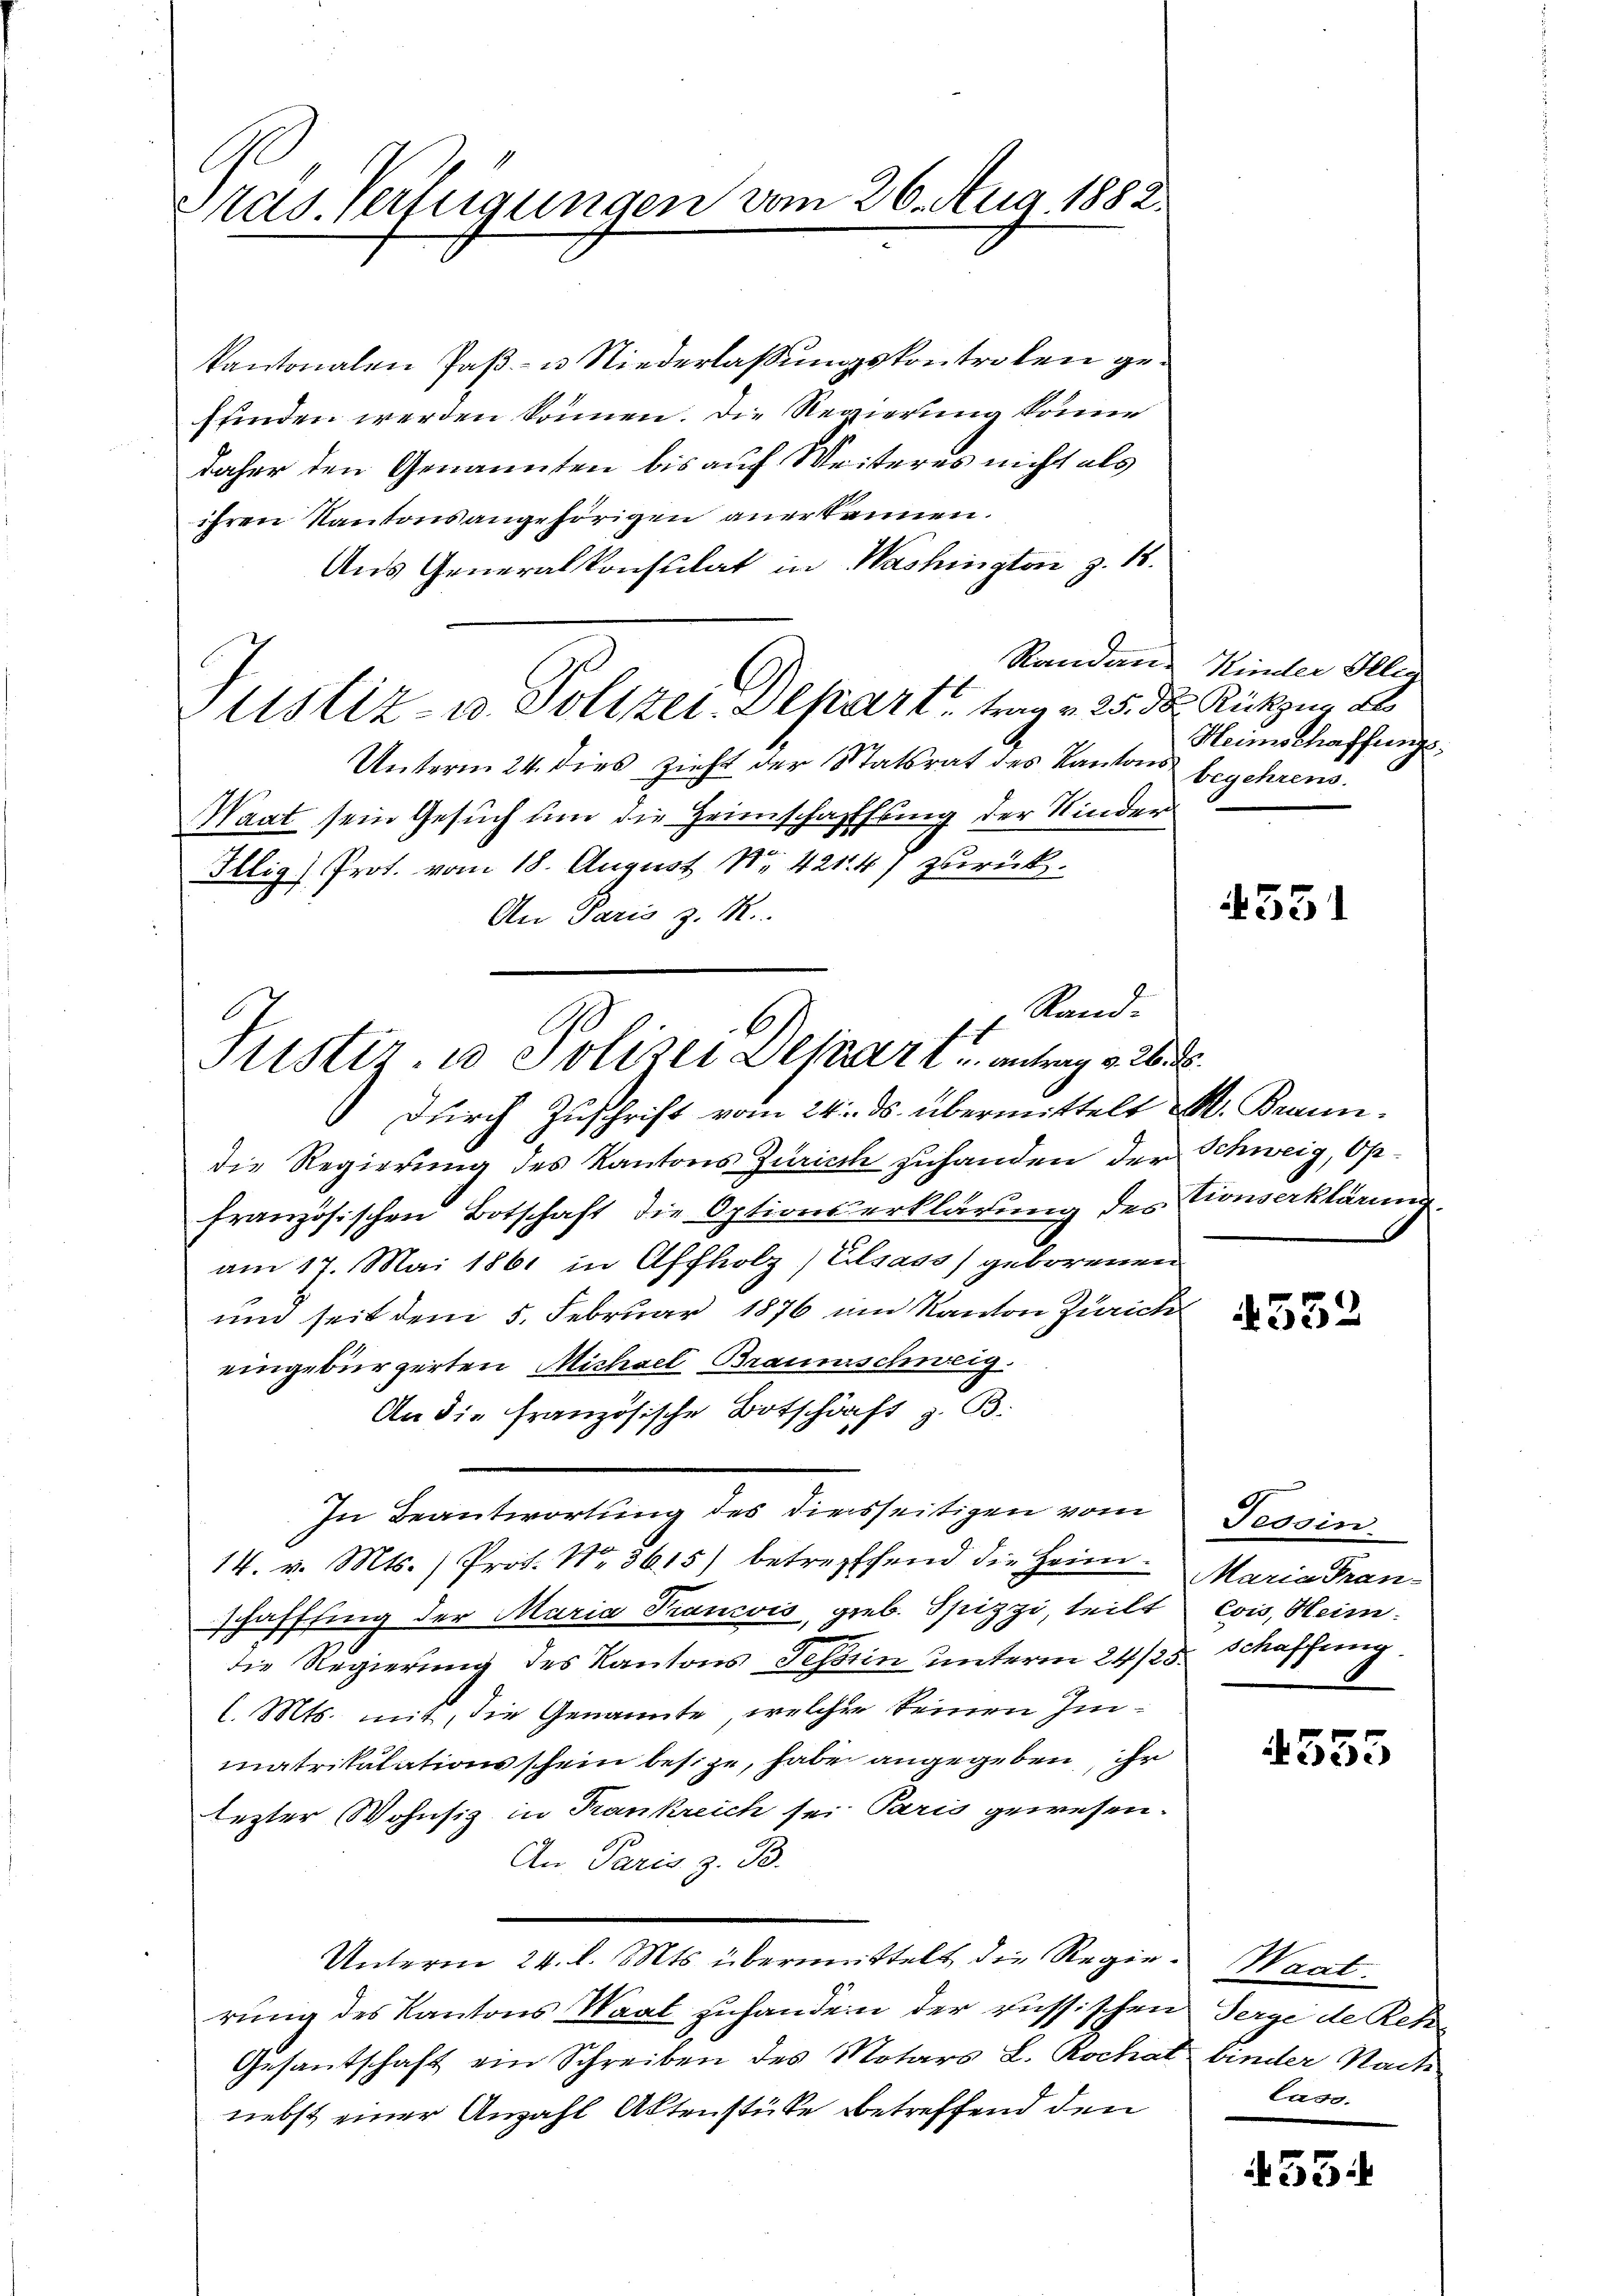
Präs. Verfügungen vom 26. Aug 1882.

Kantonalen Paβ- u Niederlassungskontrolen gesfinden werden können. Die Regierung könne
daher den Genannten bis auf Weiteres nicht als
ihren Kantonsangehörigen anerkannen.
Aus Generalkonsulat in Washington z. 18.
Justiz- u. Polizei-Depart, trag v. 25. ds Rückzug a
Unterm 24. dies zieht der Statsrat des Kantons begehrens.
Waat sein Gesuch um die Heimschaffung der Kinder¬
Illig) Prot. vom 18. August No 421. 47 zurück¬
An Paris z. R.

Justiz- u Polizei Depart antrag 226. d.

Rand-

durch Zuschrift vom 24. ds. übermittelt M. Brann.
die Regierung des Kantons Zürich zuhanden der Schweig, Opfranzösischen Botschaft die Optionserklärung des tionserklärung
am 17. Mai 1861 in Affholz) Elsass geborenen
und seit dem 5. Februar 1876 um Kanton Zürich
eingebürgerten Michael Braunschweig.
An die französische Botschäft B.
In Beantwortung des diesseitigen vom
14. v. Mts. ) Prof. No. 3615) betreffend die Heimschafffing der Maria Trancois, gieb. Spizzi, teilt
die Regierung des Kantons Tessin unterm 24/25. Schaffung
l. Mts. mit, die Genannte, welcher keinen Immatrikulationsschein besize, habe angegeben, ihr
lezter Wohnsiz in Krankreich sei Paris gewesen.
An Paris z. B.
Unterm 24. l. Mts. übermittelt die Regie-Waat.
rung des Kantons Waat zuhandern der russischen Serge de Rek¬
Gesantschaft ein Schreiben des Motars L. Rochat binder Nach
nebst einer Anzahl Aktenstüke betreffend den

Randen Kinder Illig
Heimschaffungs

4331

4552

Tessin
Maria Fran¬
Cois, Heim.

4555

lass.

435